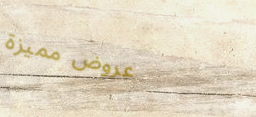
عروض مميزة